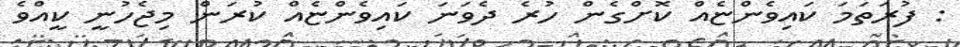
: ފުރަތަމަ ކައިވެންޏެއް ކޮށްގެން ހުރެ ދެވަނަ ކައިވެންޏެއް ކުރަން މިޖެހުނީ ކީއްވެ